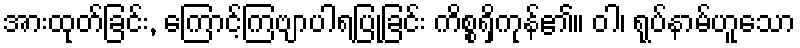
အားထုတ်ခြင်း, ကြောင့်ကြဗျာပါရပြုခြင်း ကိစ္စရှိကုန်၏။ ဝါ၊ ရုပ်နာမ်ဟူသော